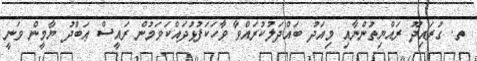
ތ. ގުރައިދޫ ރައްޔިތުންނާއި މިއަދު ބައްދަލުކުރައްވާ ވާހަކަފުޅުދައްކަވަމުން ރައީސް ޢަބްދު ޔާމީން ވަނީ